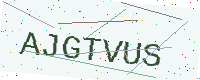
Text: AJGTVUS